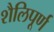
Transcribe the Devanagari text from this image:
शैलिपूर्ण